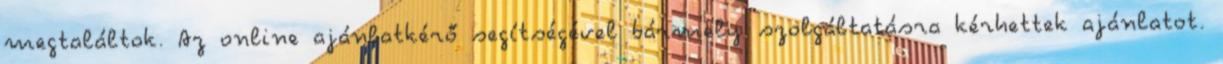
megtaláltok. Az online ajánlatkérő segítségével bármely szolgáltatásra kérhettek ajánlatot.